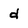
Character: d